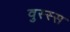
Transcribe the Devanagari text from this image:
वुस्स्स